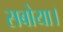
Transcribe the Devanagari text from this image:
सबोया।